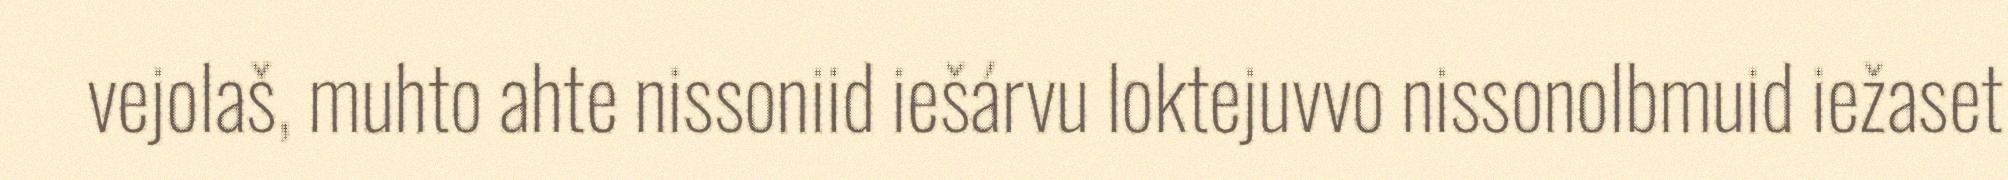
vejolaš, muhto ahte nissoniid iešárvu loktejuvvo nissonolbmuid iežaset